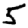
Digit: 5